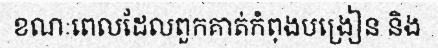
ខណៈពេលដែលពួកគាត់កំពុងបង្រៀន និង